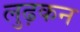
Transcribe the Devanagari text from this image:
लुढ़कन